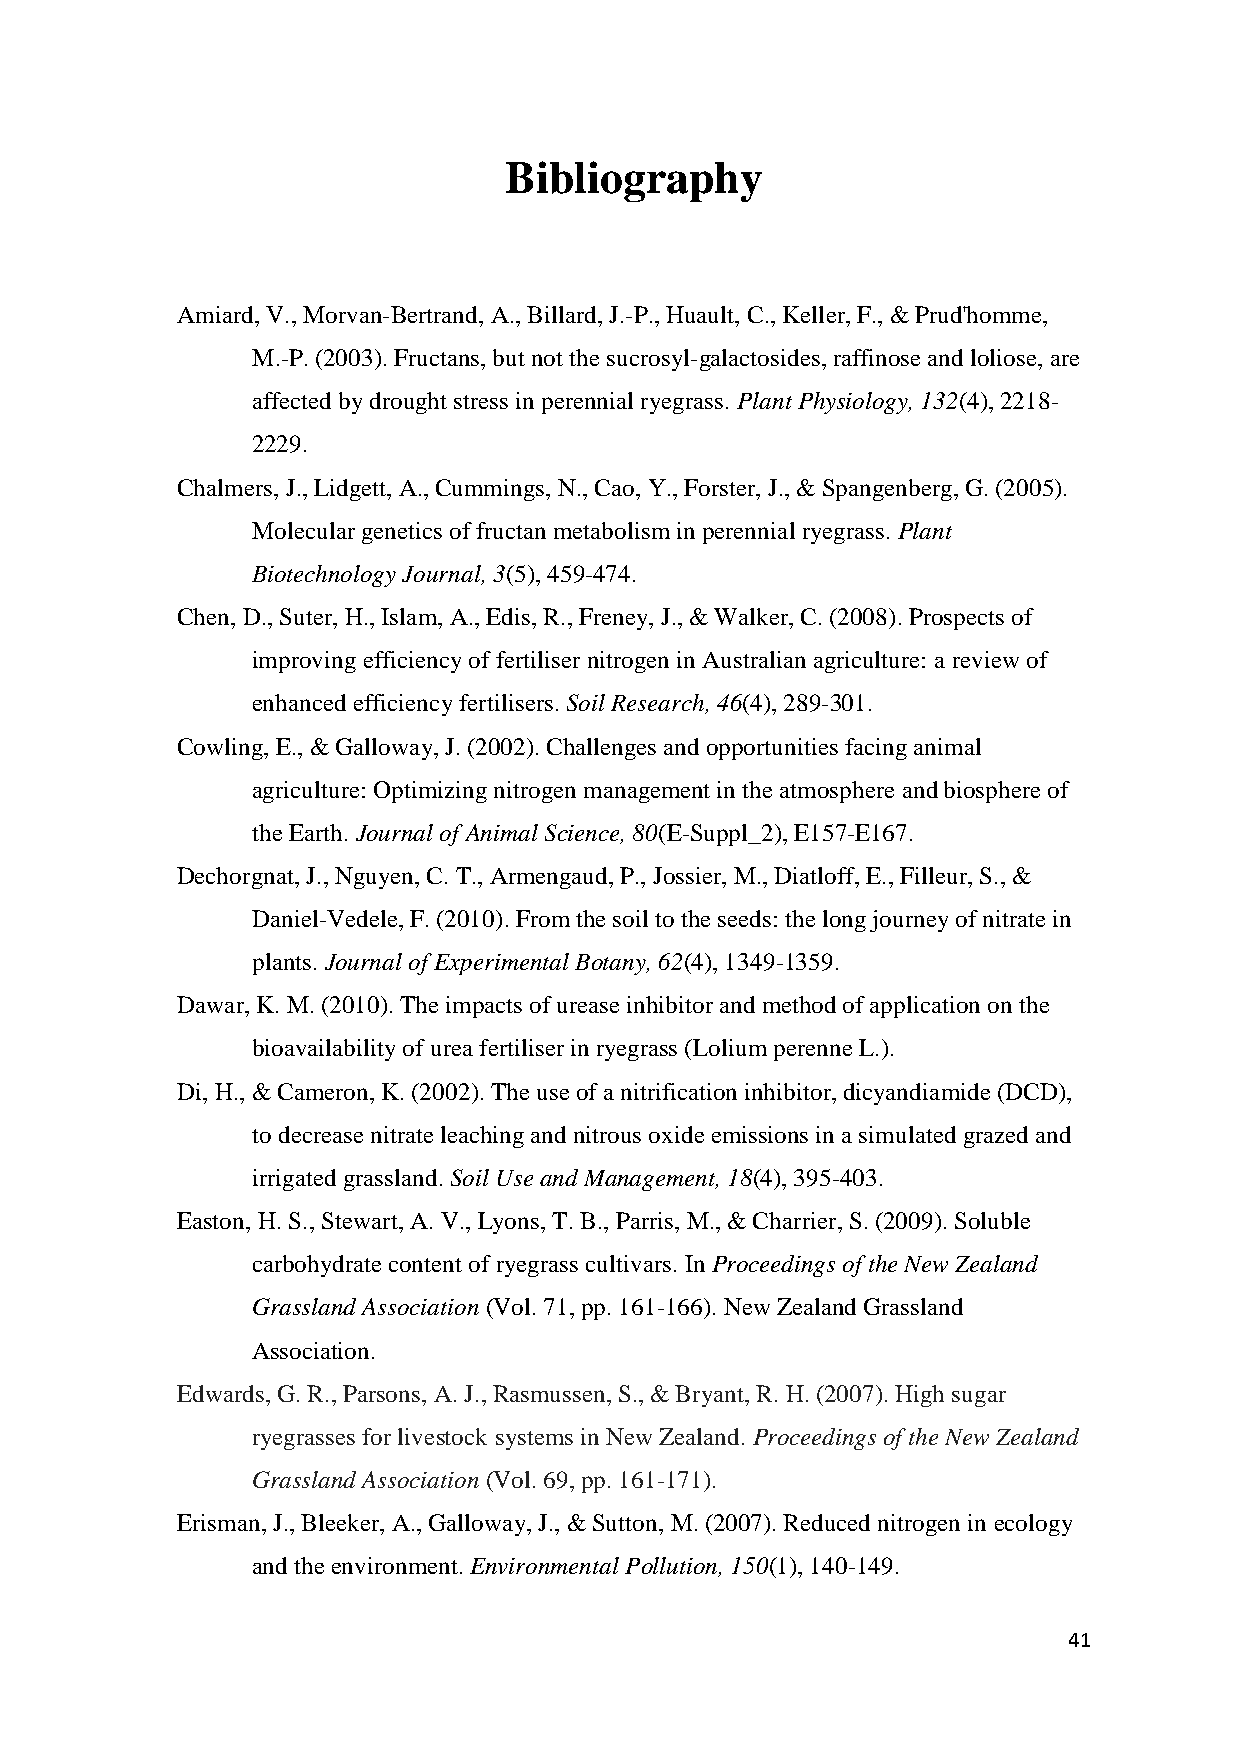
Bibliography
 Amiard, V., Morvan-Bertrand, A., Billard, J.-P., Huault, C., Keller, F., & Prud'homme,
 M.-P. (2003). Fructans, but not the sucrosyl-galactosides, raffinose and loliose, are
 affected by drought stress in perennial ryegrass. Plant Physiology, 132(4), 2218-
 2229.
 Chalmers, J., Lidgett, A., Cummings, N., Cao, Y., Forster, J., & Spangenberg, G. (2005).
 Molecular genetics of fructan metabolism in perennial ryegrass. Plant
 Biotechnology Journal, 3(5), 459-474.
 Chen, D., Suter, H., Islam, A., Edis, R., Freney, J., & Walker, C. (2008). Prospects of
 improving efficiency of fertiliser nitrogen in Australian agriculture: a review of
 enhanced efficiency fertilisers. Soil Research, 46(4), 289-301.
 Cowling, E., & Galloway, J. (2002). Challenges and opportunities facing animal
 agriculture: Optimizing nitrogen management in the atmosphere and biosphere of
 the Earth. Journal of Animal Science, 80(E-Suppl_2), E157-E167.
 Dechorgnat, J., Nguyen, C. T., Armengaud, P., Jossier, M., Diatloff, E., Filleur, S., &
 Daniel-Vedele, F. (2010). From the soil to the seeds: the long journey of nitrate in
 plants. Journal of Experimental Botany, 62(4), 1349-1359.
 Dawar, K. M. (2010). The impacts of urease inhibitor and method of application on the
 bioavailability of urea fertiliser in ryegrass (Lolium perenne L.).
 Di, H., & Cameron, K. (2002). The use of a nitrification inhibitor, dicyandiamide (DCD),
 to decrease nitrate leaching and nitrous oxide emissions in a simulated grazed and
 irrigated grassland. Soil Use and Management, 18(4), 395-403.
 Easton, H. S., Stewart, A. V., Lyons, T. B., Parris, M., & Charrier, S. (2009). Soluble
 carbohydrate content of ryegrass cultivars. In Proceedings of the New Zealand
 Grassland Association (Vol. 71, pp. 161-166). New Zealand Grassland
 Association.
 Edwards, G. R., Parsons, A. J., Rasmussen, S., & Bryant, R. H. (2007). High sugar
 ryegrasses for livestock systems in New Zealand. Proceedings of the New Zealand
 Grassland Association (Vol. 69, pp. 161-171).
 Erisman, J., Bleeker, A., Galloway, J., & Sutton, M. (2007). Reduced nitrogen in ecology
 and the environment. Environmental Pollution, 150(1), 140-149.
 41